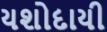
યશોદાયી